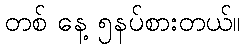
တစ် နေ့ ၅နပ်စားတယ်။